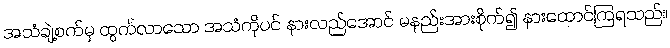
အသံချဲ့စက်မှ ထွက်လာသော အသံကိုပင် နားလည်အောင် မနည်းအားစိုက်၍ နားထောင်ကြရသည်။